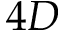
4 D